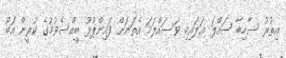
އިތުރު ސާހިބާ ޞައްލަ ޢަލައިހި ވަސައްލަމަ އެތަނަށް ފައިންޕުޅު ބީއްސެވުމުގެ ކުރީން އަބޫ